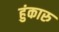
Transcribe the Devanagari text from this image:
हुंकारु